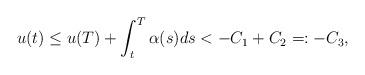
LaTeX: \begin{align*}u(t)\leq u(T)+\int_{t}^{T}\alpha(s)ds<-C_{1}+C_{2}=:-C_{3},\end{align*}